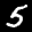
Label: 5